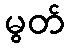
မွတ်